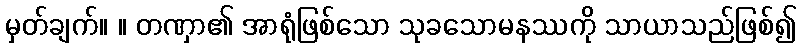
မှတ်ချက်။ ။ တဏှာ၏ အာရုံဖြစ်သော သုခသောမနဿကို သာယာသည်ဖြစ်၍